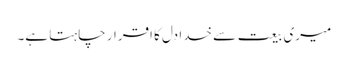
میری بیعت سے خدا دل کا اقرار چاہتا ہے۔